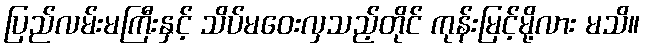
ပြည်လမ်းမကြီးနှင့် သိပ်မဝေးလှသည့်တိုင် ကုန်းမြင့်မို့လား မသိ။